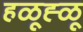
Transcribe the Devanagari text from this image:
हळूह्ळू